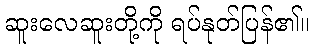
ဆူးလေဆူးတို့ကို ရပ်နုတ်ပြန်၏။